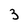
Character: 3